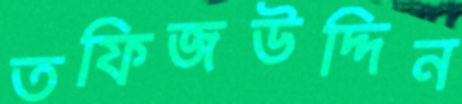
তফিজউদ্দিন